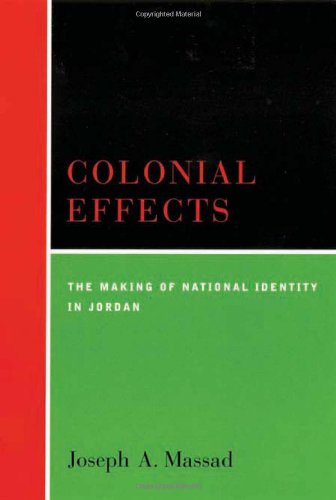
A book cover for Colonial Effects; Joseph A. Massad; History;